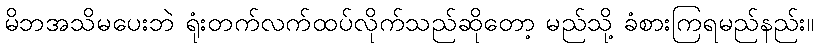
မိဘအသိမပေးဘဲ ရုံးတက်လက်ထပ်လိုက်သည်ဆိုတော့ မည်သို့ ခံစားကြရမည်နည်း။